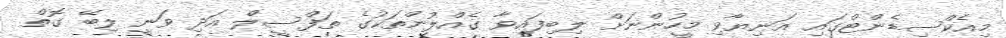
މިއެކްސިޑެންޓްގައި އަނިޔާވި މީހުންނަށް ލިބިފައިވާ ގެއްލުންތަކުގެ ތަފްސީލް އަދި ވަނީ ލިބޭ ގޮތް